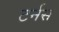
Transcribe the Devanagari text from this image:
टर्नस